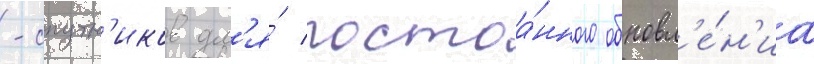
-спутн'иков дл'я́ постоа́нного обновл'е́н'иа